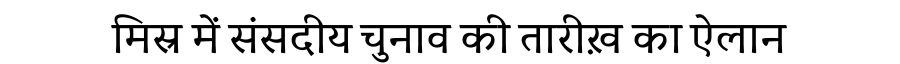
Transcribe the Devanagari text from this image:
मिस्र में संसदीय चुनाव की तारीख़ का ऐलान